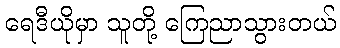
ရေဒီယိုမှာ သူတို့ ကြေညာသွားတယ်